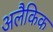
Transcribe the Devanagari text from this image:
अलैकिक